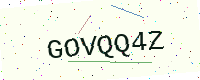
Text: GOVQQ4Z